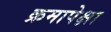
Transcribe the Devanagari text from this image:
क्रमापेक्षा